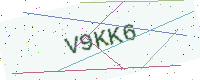
Text: V9KK6